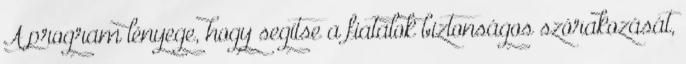
A program lényege, hogy segítse a fiatalok biztonságos szórakozását,